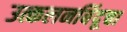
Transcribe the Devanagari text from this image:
उत्कलनबिंदूचा